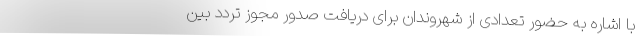
با اشاره به حضور تعدادی از شهروندان برای دریافت صدور مجوز تردد بین